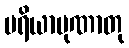
ပရိယာပုဏာတု